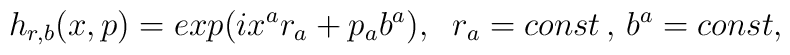
h_{r,b}(x,p)=exp(ix^a r_a +p_a b^a),\;\;r_a=const\,,\,b^a=const,